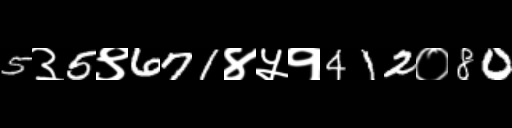
Text: 5३5९671४५१412०80